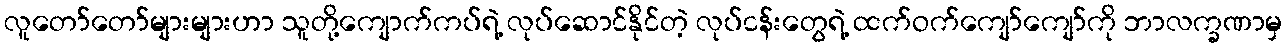
လူတော်တော်များများဟာ သူတို့ကျောက်ကပ်ရဲ့ လုပ်ဆောင်နိုင်တဲ့ လုပ်ငန်းတွေရဲ့ ထက်ဝက်ကျော်ကျော်ကို ဘာလက္ခဏာမှ